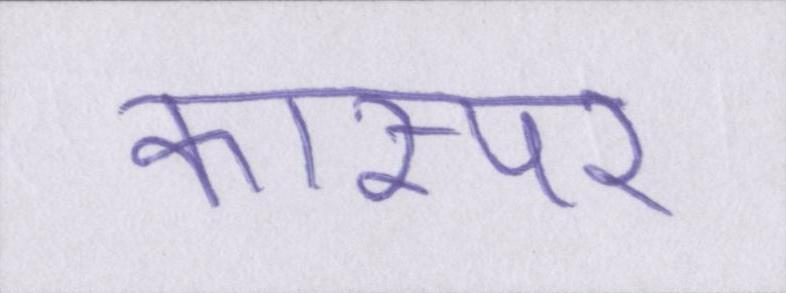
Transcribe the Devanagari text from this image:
कास्पर